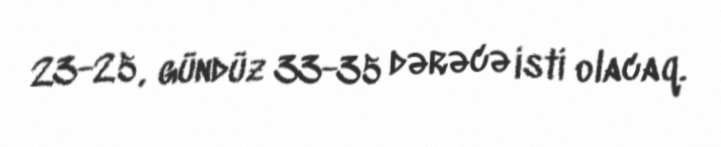
23-25, gündüz 33-35 dərəcə isti olacaq.